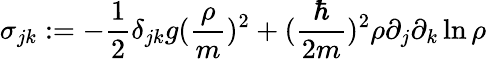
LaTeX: \sigma_{jk}:=-\frac 12\delta_{jk}g(\frac{\rho}{m})^{2}+(\frac{\hbar}{2m})^{2}\rho\partial_{j}\partial_{k}\ln{\rho}